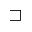
\sqsupset